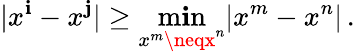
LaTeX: |x^{\mathbf{i}}-x^{\mathbf{j}}|\geq\operatorname*{m\mathbf{i}n}_{x^{m}\neqx^{n}}|x^{m}-x^{n}|\, .